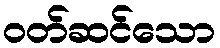
ဝတ်ဆင်သော